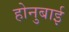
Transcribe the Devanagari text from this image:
होनुबाई